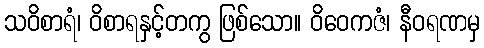
သဝိစာရံ၊ ဝိစာရနှင့်တကွ ဖြစ်သော။ ဝိဝေကဇံ၊ နီဝရဏမှ